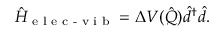
\hat { H } _ { \textrm { e l e c - v i b } } = \Delta V ( \hat { \boldsymbol { Q } } ) \hat { d } ^ { \dagger } \hat { d } .